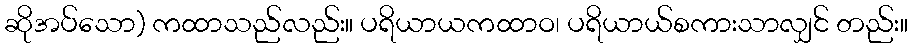
ဆိုအပ်သော) ကထာသည်လည်း။ ပရိယာယကထာဝ၊ ပရိယာယ်စကားသာလျှင် တည်း။